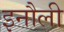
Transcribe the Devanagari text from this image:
इनौली